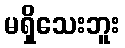
မရှိသေးဘူး